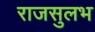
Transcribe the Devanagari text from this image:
राजसुलभ